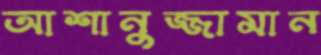
আশানুজ্জামান